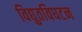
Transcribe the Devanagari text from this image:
विद्युतविघटन